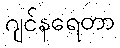
ဂျင်နရေတာ